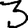
Digit: 3